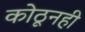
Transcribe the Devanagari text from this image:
कोठूनही